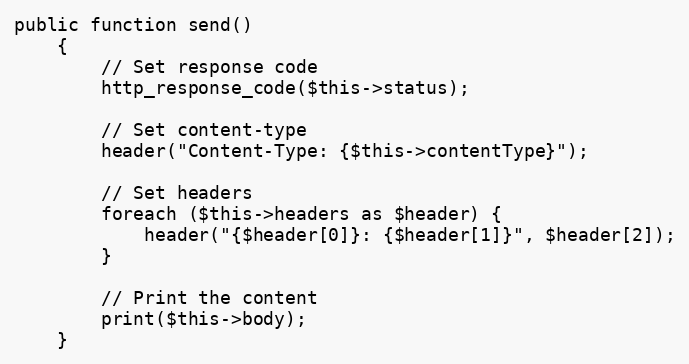
Language: PHP
public function send()
    {
        // Set response code
        http_response_code($this->status);

        // Set content-type
        header("Content-Type: {$this->contentType}");

        // Set headers
        foreach ($this->headers as $header) {
            header("{$header[0]}: {$header[1]}", $header[2]);
        }

        // Print the content
        print($this->body);
    }